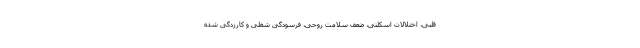
قلبی، اختلالات اسکلتی، ضعف سلامت روحی، فرسودگی شغلی و کارزدگی شده